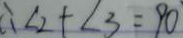
\therefore \angle 2 + \angle 3 = 9 0